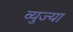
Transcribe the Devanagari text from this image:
व्युज्या